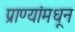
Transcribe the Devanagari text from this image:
प्राण्यांमधून